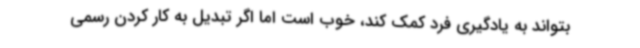
بتواند به یادگیری فرد کمک کند، خوب است اما اگر تبدیل به کار کردن رسمی